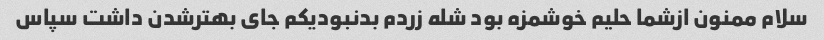
سلام ممنون ازشما حلیم خوشمزه بود شله زردم بدنبودیکم جای بهترشدن داشت سپاس